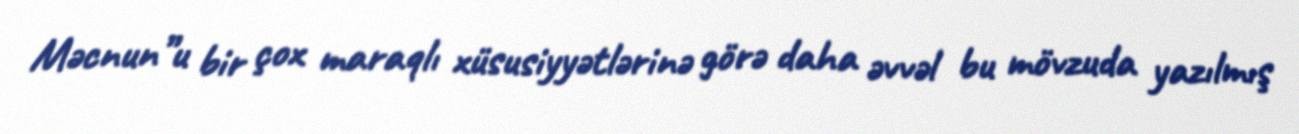
Məcnun”u bir çox maraqlı xüsusiyyətlərinə görə daha əvvəl bu mövzuda yazılmış